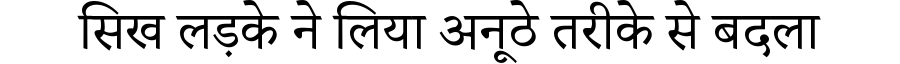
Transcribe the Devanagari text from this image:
सिख लड़के ने लिया अनूठे तरीके से बदला